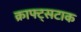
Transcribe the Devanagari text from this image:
क्राफ्ट्सटाक